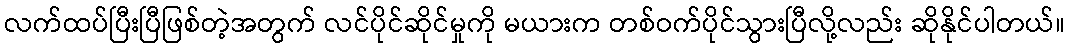
လက်ထပ်ပြီးပြီဖြစ်တဲ့အတွက် လင်ပိုင်ဆိုင်မှုကို မယားက တစ်ဝက်ပိုင်သွားပြီလို့လည်း ဆိုနိုင်ပါတယ်။